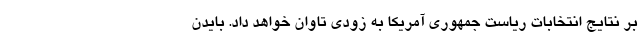
بر نتایج انتخابات ریاست جمهوری آمریکا به زودی تاوان خواهد داد. بایدن